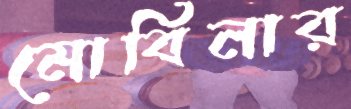
মোবিনার